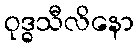
ဝုဒ္ဓသီလိနော